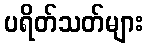
ပရိတ်သတ်များ